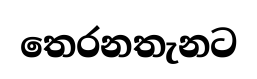
තෙරනතැනට